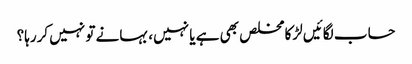
حساب لگائیں لڑکا مخلص بھی ہے یا نہیں، بہانے تو نہیں کررہا؟